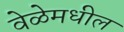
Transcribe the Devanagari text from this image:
वेळेमधील